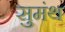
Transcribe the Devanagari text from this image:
सुमंथ